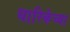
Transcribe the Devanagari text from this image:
धारिकेच्या